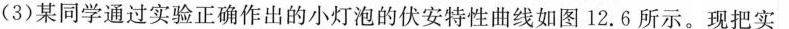
(3)某同学通过实验正确作出的小灯泡的伏安特性曲线如图12.6所示。现把实